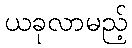
ယခုလာမည့်